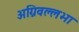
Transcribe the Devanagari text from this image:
अग्निवल्लभा